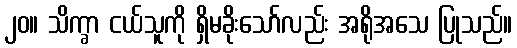
၂၀။ သိက္ခာ ငယ်သူကို ရှိမခိုးသော်လည်း အရိုအသေ ပြုသည်။